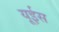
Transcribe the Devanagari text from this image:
यूईस